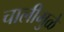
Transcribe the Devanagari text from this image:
चालीमुळे